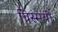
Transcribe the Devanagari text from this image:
विस्मयी